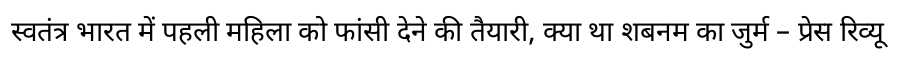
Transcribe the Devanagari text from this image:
स्वतंत्र भारत में पहली महिला को फांसी देने की तैयारी, क्या था शबनम का जुर्म – प्रेस रिव्यू